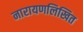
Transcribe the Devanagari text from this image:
नारायणलिखित